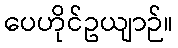
ပေဟိုင်ဥယျာဉ်။